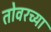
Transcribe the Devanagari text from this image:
तोवरच्या